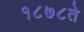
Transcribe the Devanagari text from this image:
१८७८ते